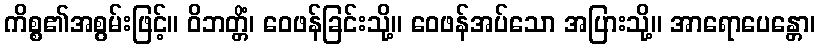
ကိစ္စ၏အစွမ်းဖြင့်။ ဝိဘတ္တိံ၊ ဝေဖန်ခြင်းသို့။ ဝေဖန်အပ်သော အပြားသို့။ အာရောပေန္တော၊